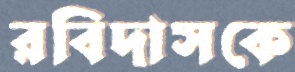
রবিদাসকে